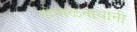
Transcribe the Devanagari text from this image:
गोपाळनाथांनी